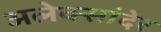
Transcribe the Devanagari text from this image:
अलेक्सांदेर